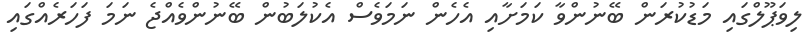
ލިވަޕޫލްގައި މަޑުކުރަން ބޭނުންވާ ކަމަށާއި އެހެން ނަމަވެސް އެކުލަބުން ބޭނުންވެއްޖެ ނަމަ ފަހަރެއްގައި